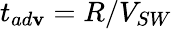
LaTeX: t_{ad\mathbf{v}}=R/V_{SW}